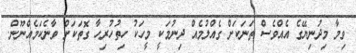
ވިމާ މިދުނިޔޭގެ އެއްވެސް ތަނަކަށް ގެއްލުމެއް ދިނުމަކީ މީހަކު ހިތުހުރިހާ ގޮތަކަށް ވާނެކަމެއްނޫން.